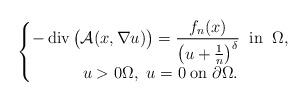
LaTeX: \begin{align*}\begin{cases}\begin{gathered}-\operatorname{div}\big({\mathcal{A}(x,\nabla u)}\big) = \frac{f_n(x)}{\big(u+\frac{1}{n}\big)^\delta}\;\;\mbox{in}\;\;\Omega,\\u>0\Omega,\,\,u = 0\;\mbox{on}\;\partial\Omega.\end{gathered}\end{cases}\end{align*}